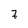
Character: 7